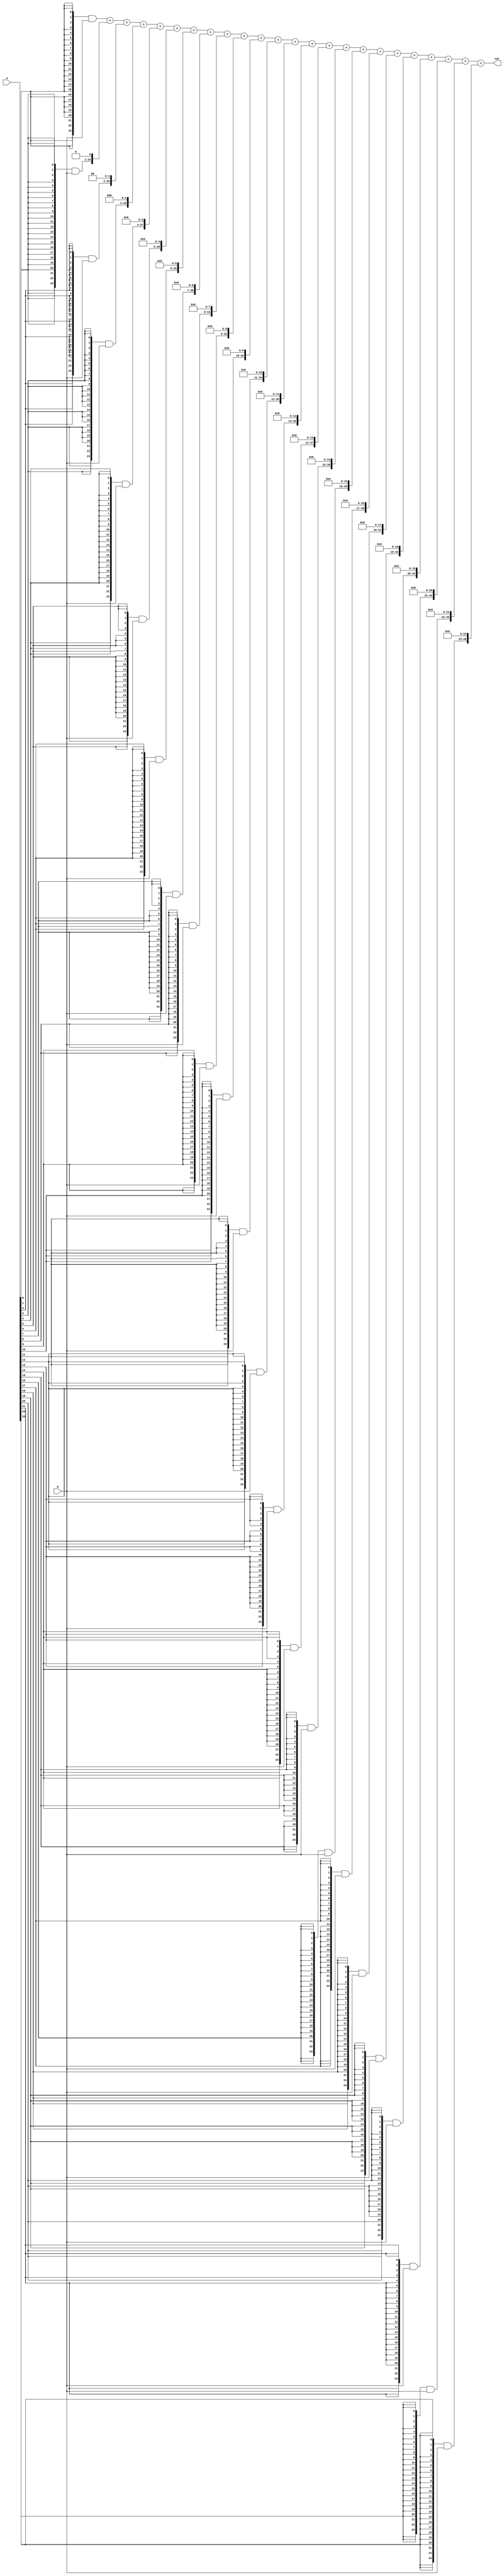
module mul(a,b,out);
	input [23:0] a,b;
	output [47:0] out;
	
	wire [23:0] p0;
	wire [24:0] p1;
	wire [25:0] p2;
	wire [26:0] p3;
	wire [27:0] p4;
	wire [28:0] p5;
	wire [29:0] p6;
	wire [30:0] p7;
	wire [31:0] p8;
	wire [32:0] p9;
	wire [33:0] p10;
	wire [34:0] p11;
	wire [35:0] p12;
	wire [36:0] p13;
	wire [37:0] p14;
	wire [38:0] p15;
	wire [39:0] p16;
	wire [40:0] p17;
	wire [41:0] p18;
	wire [42:0] p19;
	wire [43:0] p20;
	wire [44:0] p21;
	wire [45:0] p22;
	wire [46:0] p23;
	
	wire [47:0]s1,s2,s3,s4,s5,s6,s7,s8,s9,s10,s11,s12,s13,s14,s15,s16,s17,s18,s19,s20,s21,s22,s23;
	
	assign p0={24{a[0]}} & b[23:0];
	assign p1={24{a[1]}} & b[23:0];
	assign p2={24{a[2]}} & b[23:0];
	assign p3={24{a[3]}} & b[23:0];
	assign p4={24{a[4]}} & b[23:0];
	assign p5={24{a[5]}} & b[23:0];
	assign p6={24{a[6]}} & b[23:0];
	assign p7={24{a[7]}} & b[23:0];
	assign p8={24{a[8]}} & b[23:0];
	assign p9={24{a[9]}} & b[23:0];
	assign p10={24{a[10]}} & b[23:0];
	assign p11={24{a[11]}} & b[23:0];
	assign p12={24{a[12]}} & b[23:0];
	assign p13={24{a[13]}} & b[23:0];
	assign p14={24{a[14]}} & b[23:0];
	assign p15={24{a[15]}} & b[23:0];
	assign p16={24{a[16]}} & b[23:0];
	assign p17={24{a[17]}} & b[23:0];
	assign p18={24{a[18]}} & b[23:0];
	assign p19={24{a[19]}} & b[23:0];
	assign p20={24{a[20]}} & b[23:0];
	assign p21={24{a[21]}} & b[23:0];
	assign p22={24{a[22]}} & b[23:0];
	assign p23={24{a[23]}} & b[23:0];
	
	assign s1= p0 + (p1<<1);
	assign s2= s1 + (p2<<2);
	assign s3= s2 + (p3<<3);
	assign s4= s3 + (p4<<4);
	assign s5= s4 + (p5<<5);
	assign s6= s5 + (p6<<6);
	assign s7= s6 + (p7<<7);
	assign s8= s7 + (p8<<8);
	assign s9= s8 + (p9<<9);
	assign s10= s9 + (p10<<10);
	assign s11= s10 + (p11<<11);
	assign s12= s11 + (p12<<12);
	assign s13= s12 + (p13<<13);
	assign s14= s13 + (p14<<14);
	assign s15= s14 + (p15<<15);
	assign s16= s15 + (p16<<16);
	assign s17= s16 + (p17<<17);
	assign s18= s17 + (p18<<18);
	assign s19= s18 + (p19<<19);
	assign s20= s19 + (p20<<20);
	assign s21= s20 + (p21<<21);
	assign s22= s21 + (p22<<22);
	assign s23= s22 + (p23<<23);
	
	assign out=s23;
	
endmodule